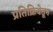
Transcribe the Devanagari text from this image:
प्रतिक्रियेतून